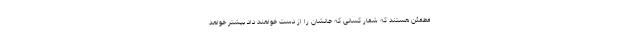
مطمئن هستند که شمار کسانی که جانشان را از دست خواهند داد بیشتر خواهد